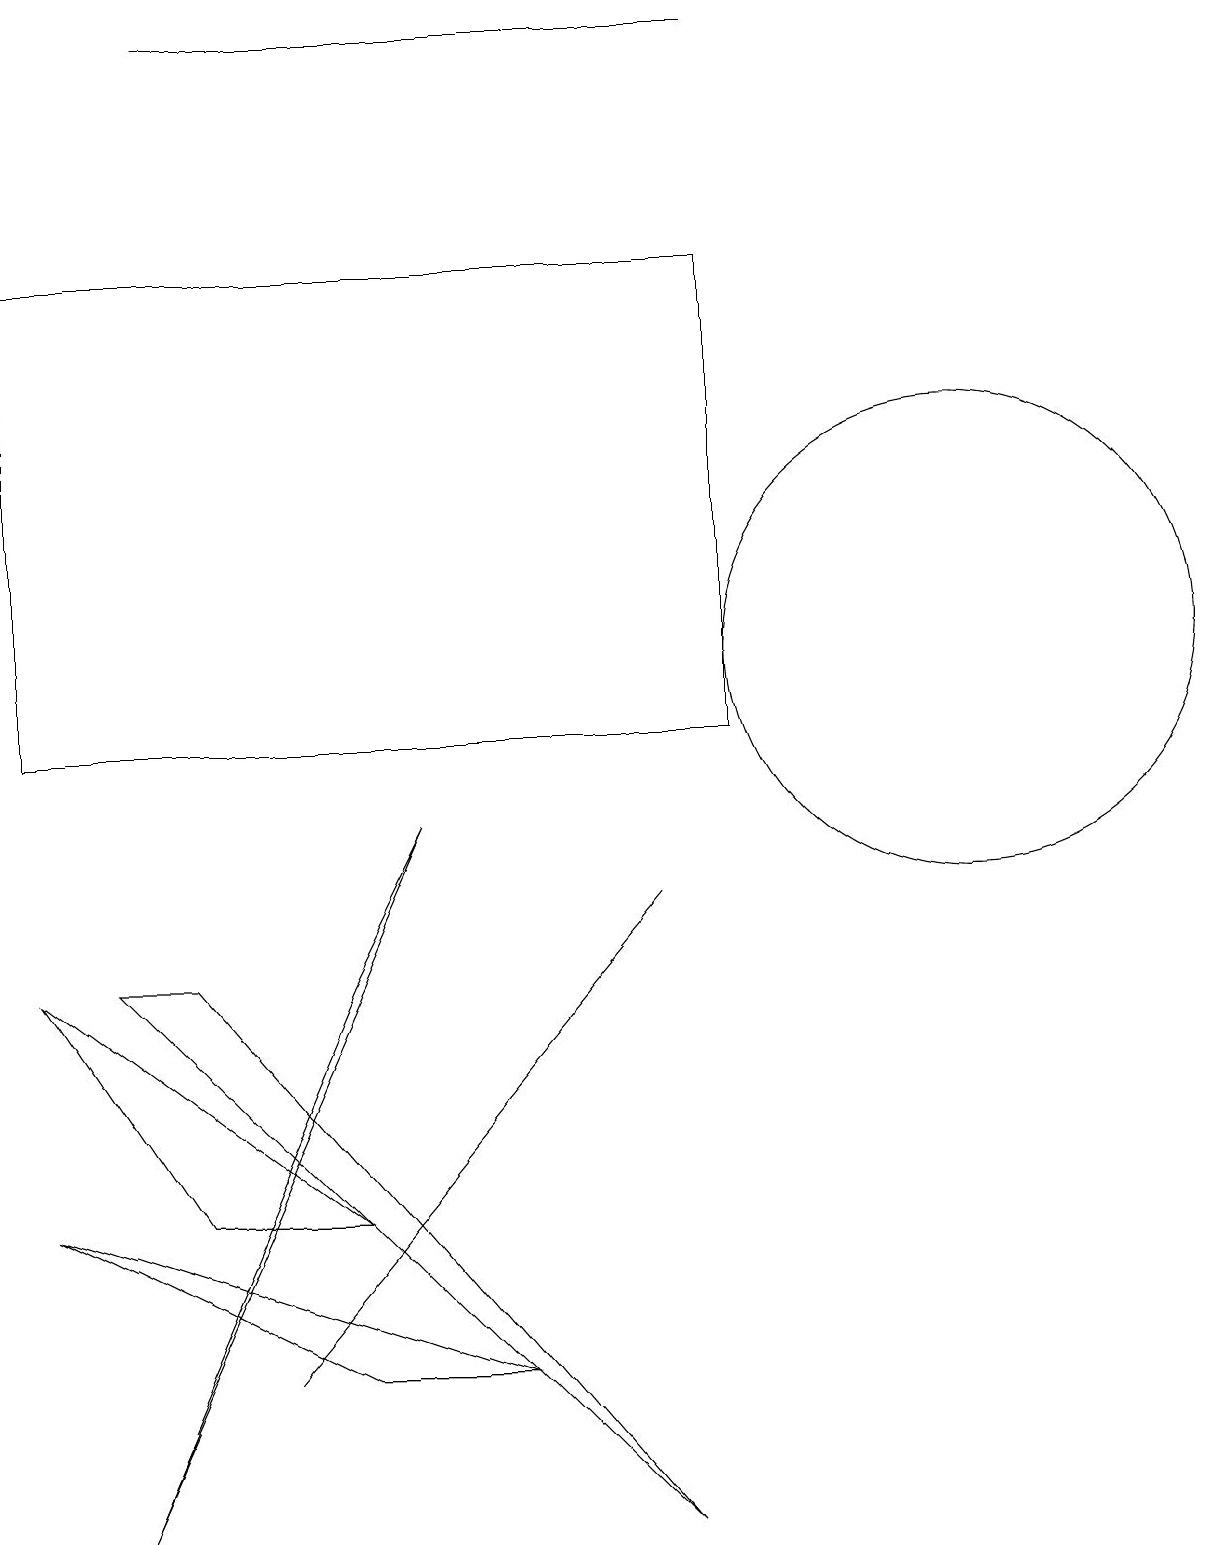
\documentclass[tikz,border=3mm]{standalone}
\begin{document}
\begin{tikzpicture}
\draw (4,7) -- (1,0) -- (5,9) -- cycle;
\draw (12,11) circle (3);
\draw (2,4) -- (4,4) -- (0,7) -- cycle;
\draw (9,19) rectangle (2,19);
\draw (9,10) rectangle (0,16);
\draw (3,2) -- (8,8) -- (3,2) -- cycle;
\draw (0,4) -- (6,2) -- (4,2) -- cycle;
\draw (8,0) -- (2,7) -- (1,7) -- cycle;
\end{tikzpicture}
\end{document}